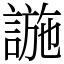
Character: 𧩹